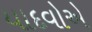
યાદવોએ